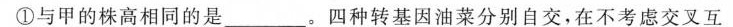
①与甲的株高相同的是___。四种转基因油菜分别自交，在不考虑交叉互